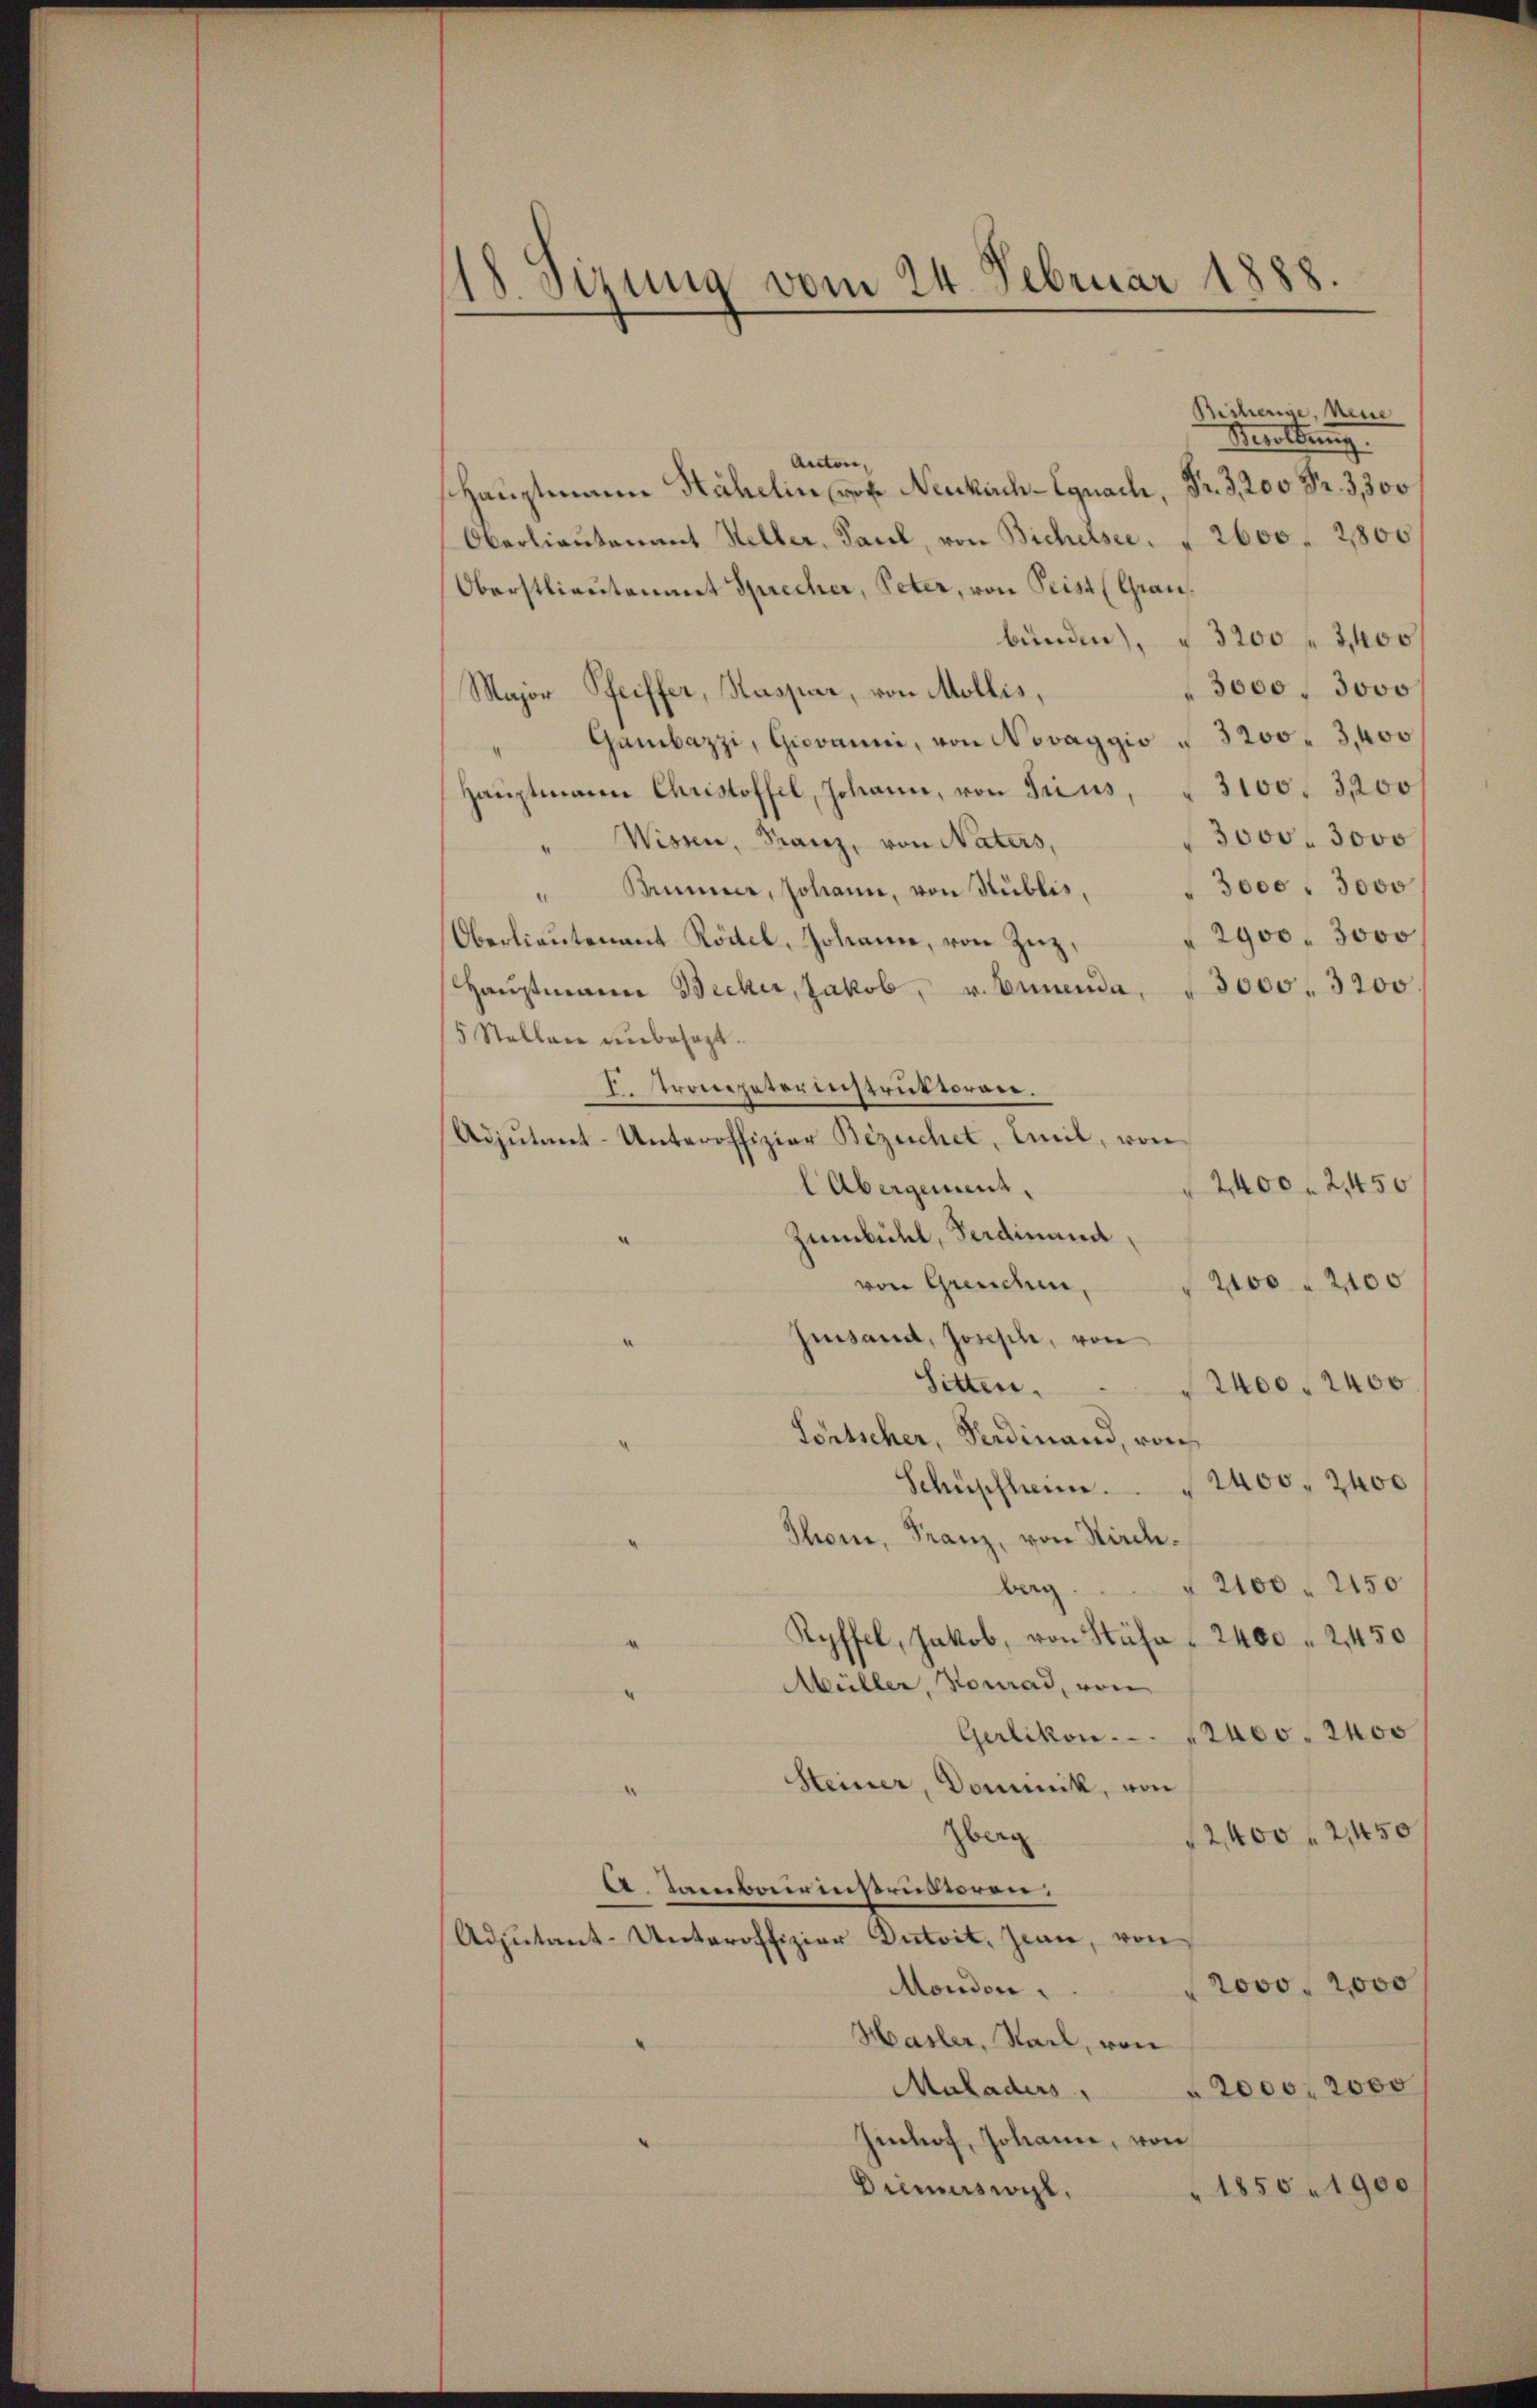
18. Sirung vom 24. Februar 1888.

Bicherige, neue
Meldung
Antone,
shauptmann Nähelin von Neukach-Egnach, Fr. 3200 Fr. 3,300
Oberlieutenant Heller, Paul, von Bichelsec. 2600. 2800
Oberstlieutenant Sprecher, Peter, von Peist (Graubunden), § 3200 f 3400
3000. 3000
Major Pfeiffer, Kaspar, von Mollis,
Gambazzi, Giovanni, von Novaggio § 3200. 3, 400
Haŭptmann Christoffel, Johann, von Trius, " 3100. 3200
3000. 3000
Wisen, Franz, von Naters,
“
3000. 3000
" Brunner, Johann, von Hüblis,
2900. 3000
Oberlieŭtenant Rödel, Johanne, von Zŭg.
Haŭptmann Becker, Jakob, v. Ennenda, " 3000. 3200
5 Stellen unbesagt.
I. Trompeterinstruktoren.
Adjutant-Unteroffiziar Bezeichet, Emil, von
2400. 2450
l Übergement,
Zumbühl, Ferdinand,
2100 " 2100
von Gunden,
Zinsend, Joseph, von
Sitten.
2400. 2400.
Fortscher, Ferdinand, reich
2400. 2400
Schüpflann.
Thon, Franz, von Kirch¬
2100. 2150
berg
Ryffel, Jakob, von Stäfa " 2400 " 2450
Müller, Konrad, von
Gerlikon . . . 12400. 2400
Heiner, Dominik, von
Zberg
2,400 f 2450
A. Tambairinstruktoren:
Adjutant-Unteroffizier Dutoit, Zwan, von
rovo. 2000
Mondon,
Hasler, Stadt, von
 2000. 2000
Muladers
Imhof, Johann, von
" 1850. 1900
Diemerswyl,